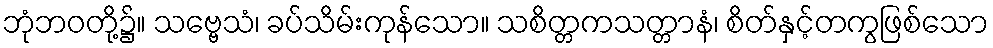
ဘုံဘဝတို့၌။ သဗ္ဗေသံ၊ ခပ်သိမ်းကုန်သော။ သစိတ္တကသတ္တာနံ၊ စိတ်နှင့်တကွဖြစ်သော